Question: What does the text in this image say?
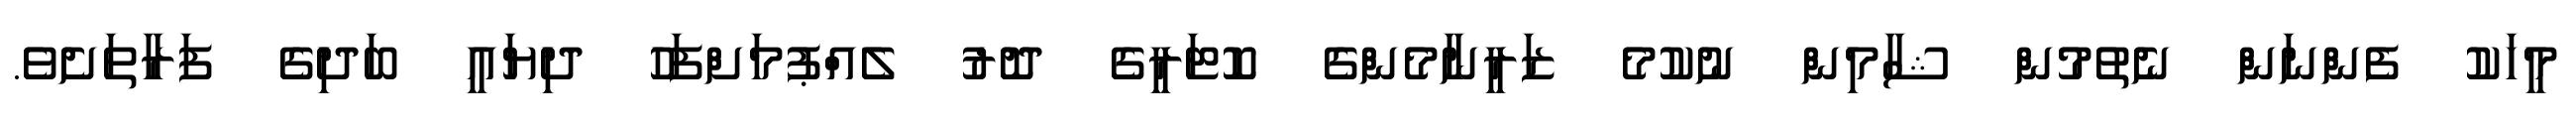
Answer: މީހަކު ފެންނަން ނެތުމުން ޝާމިން ނުކުމެ ޒަރީނާމެންގެ ކޮޓަރީގެ ދޮރު ލެއްޕުމަށްފަހު ދިޔައީ ބަދިގެ ފަރާތަށެވެ.